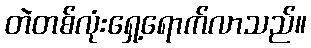
တဲတစ်လုံးရှေ့ရောက်လာသည်။